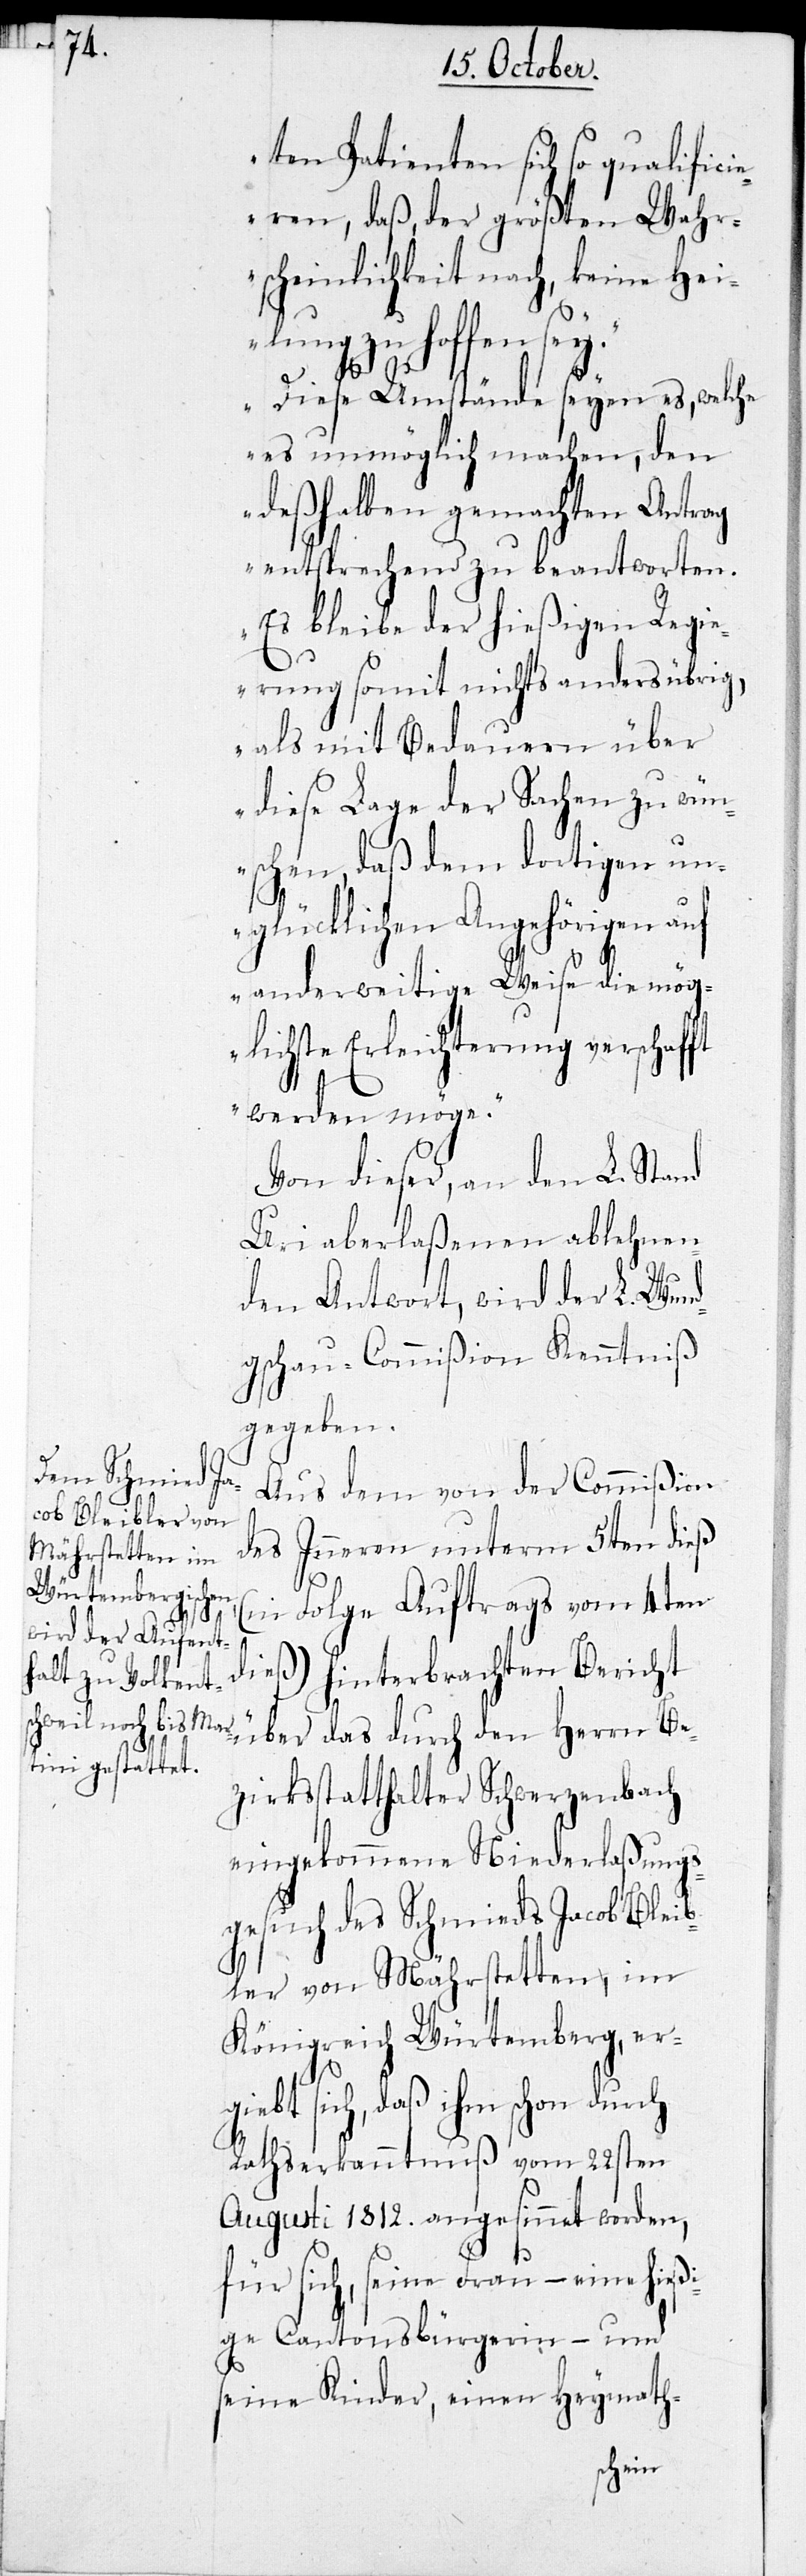
ten Patienten sich so qualifici¬
eren, daß, der größten Wahr¬
scheinlichkeit nach, keine Hei¬
lung zu hoffen sey.
Diese Umstände seyen es, welche
es unmöglich machen, den
deßhalben gemachten Antrag
entsprechend zu beantworten.
Es bleibe der hießigen Regi¬
erung somit nichts anders übrig,
als mit Bedauern über
diese Lage der Sachen zu wün¬
schen, daß dem dortigen un¬
glücklichen Angehörigen auf
anderweitige Weise die mög¬
lichste Erleichterung verschafft
werden möge.“
Von dieser, an den L. Stand
Uri aberlaßenen ablehnen¬
den Antwort, wird der L. Wund¬
gschau-Commißion Kenntniß
gegeben.
Aus dem von der Commißion
des Inneren unterm 5ten dieß
(in Folge Auftrags vom 4ten
dieß) hinterbrachten Bericht
über das durch den Herrn Be¬
zirksstatthalter Schwerzenbach
eingekommene Niederlaßungs¬
gesuch des Schmieds Jacob Bleib¬
ler von Mährstetten, im
Königreich Würtemberg, erg¬
iebt sich, daß ihm schon
Rathserkanntnuß vom 22sten
Augusti 1812. angesinnt worden,
für sich, seine Frau, – eine hießi¬
ge Cantonsbürgerin – und
seine Kinder, einen Heymath-